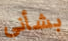
بشأني